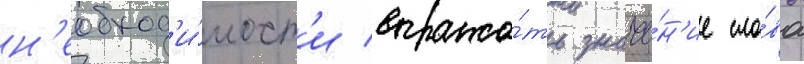
н'еобход'и́мост'и выража́ть значе́н'ие сло́ва